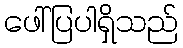
ဖေါ်ပြပါရှိသည်